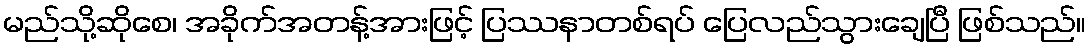
မည်သို့ဆိုစေ၊ အခိုက်အတန့်အားဖြင့် ပြဿနာတစ်ရပ် ပြေလည်သွားချေပြီ ဖြစ်သည်။